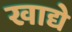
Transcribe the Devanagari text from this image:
खाद्ये